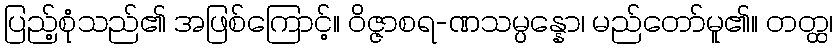
ပြည့်စုံသည်၏ အဖြစ်ကြောင့်။ ဝိဇ္ဇာစရ-ဏသမ္ပန္နော၊ မည်တော်မူ၏။ တတ္ထ၊